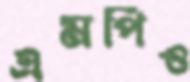
এমপিও